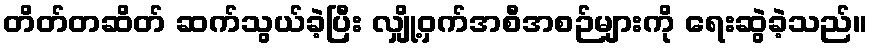
တိတ်တဆိတ် ဆက်သွယ်ခဲ့ပြီး လျှို့ဝှက်အစီအစဉ်များကို ရေးဆွဲခဲ့သည်။